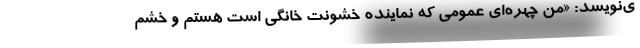
ی‌نویسد: «من چهره‌‌ای عمومی که نماینده خشونت خانگی است هستم و خشم